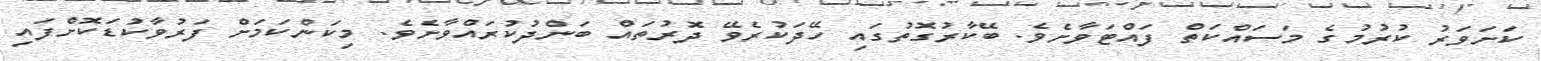
ކަށަވަރު ކުރުމުގެ މަސައްކަތް ފައްޓަވާށެވެ. ބޭކާރުގޮތުގައި ހޭދަކުރެވޭ ދޮރުތައް ބަންދުކުރައްވާށެވެ. މިކަަންކަމަށް ފަރުވާކުޑަކޮށްފައި